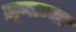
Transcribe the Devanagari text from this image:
ज़्नाम्या